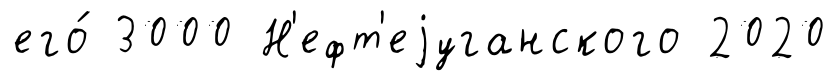
его́ 3000 Н'ефт'еjуганского 2020